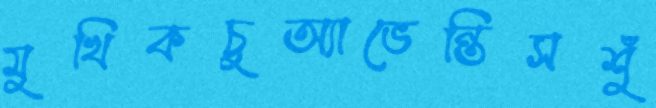
মুখিকচুঅ্যাভেন্তিসশুঁ